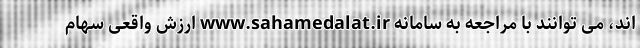
اند، می توانند با مراجعه به سامانه www.sahamedalat.ir ارزش واقعی سهام